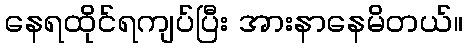
နေရထိုင်ရကျပ်ပြီး အားနာနေမိတယ်။